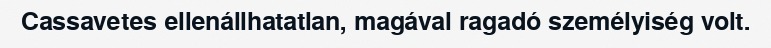
Cassavetes ellenállhatatlan, magával ragadó személyiség volt.